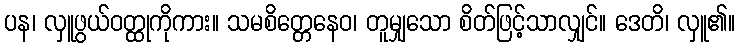
ပန၊ လှူဖွယ်ဝတ္ထုကိုကား။ သမစိတ္တေနေဝ၊ တူမျှသော စိတ်ဖြင့်သာလျှင်။ ဒေတိ၊ လှူ၏။